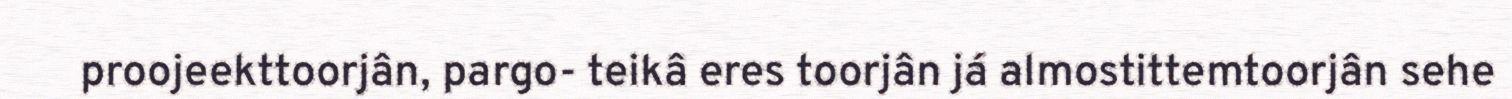
proojeekttoorjân, pargo- teikâ eres toorjân já almostittemtoorjân sehe